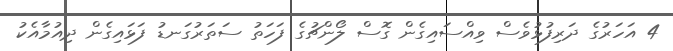
4 އަހަރުގެ ދަރިފުޅުވެސް ވިއްސައިގެން ގޮސް ލޯންޗުގެ ފަހަތު ސަތަރުގަނޑު ފަޅައިގެން ދިއުމާއެކު